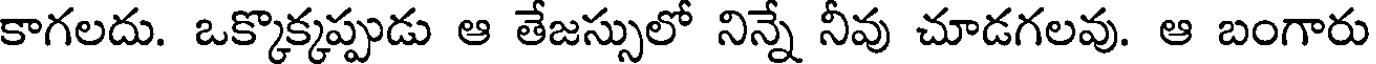
కాగలదు. ఒక్కొక్కప్పుడు ఆ తేజస్సులో నిన్నే నీవు చూడగలవు. ఆ బంగారు